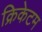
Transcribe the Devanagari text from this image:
क्रिकेटम